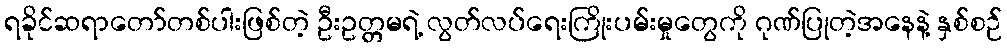
ရခိုင်ဆရာတော်တစ်ပါးဖြစ်တဲ့ ဦးဥတ္တမရဲ့ လွတ်လပ်ရေးကြိုးပမ်းမှုတွေကို ဂုဏ်ပြုတဲ့အနေနဲ့ နှစ်စဉ်